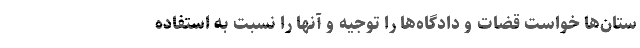
ستان‌ها خواست قضات و دادگاه‌ها را توجیه و آنها را نسبت به استفاده